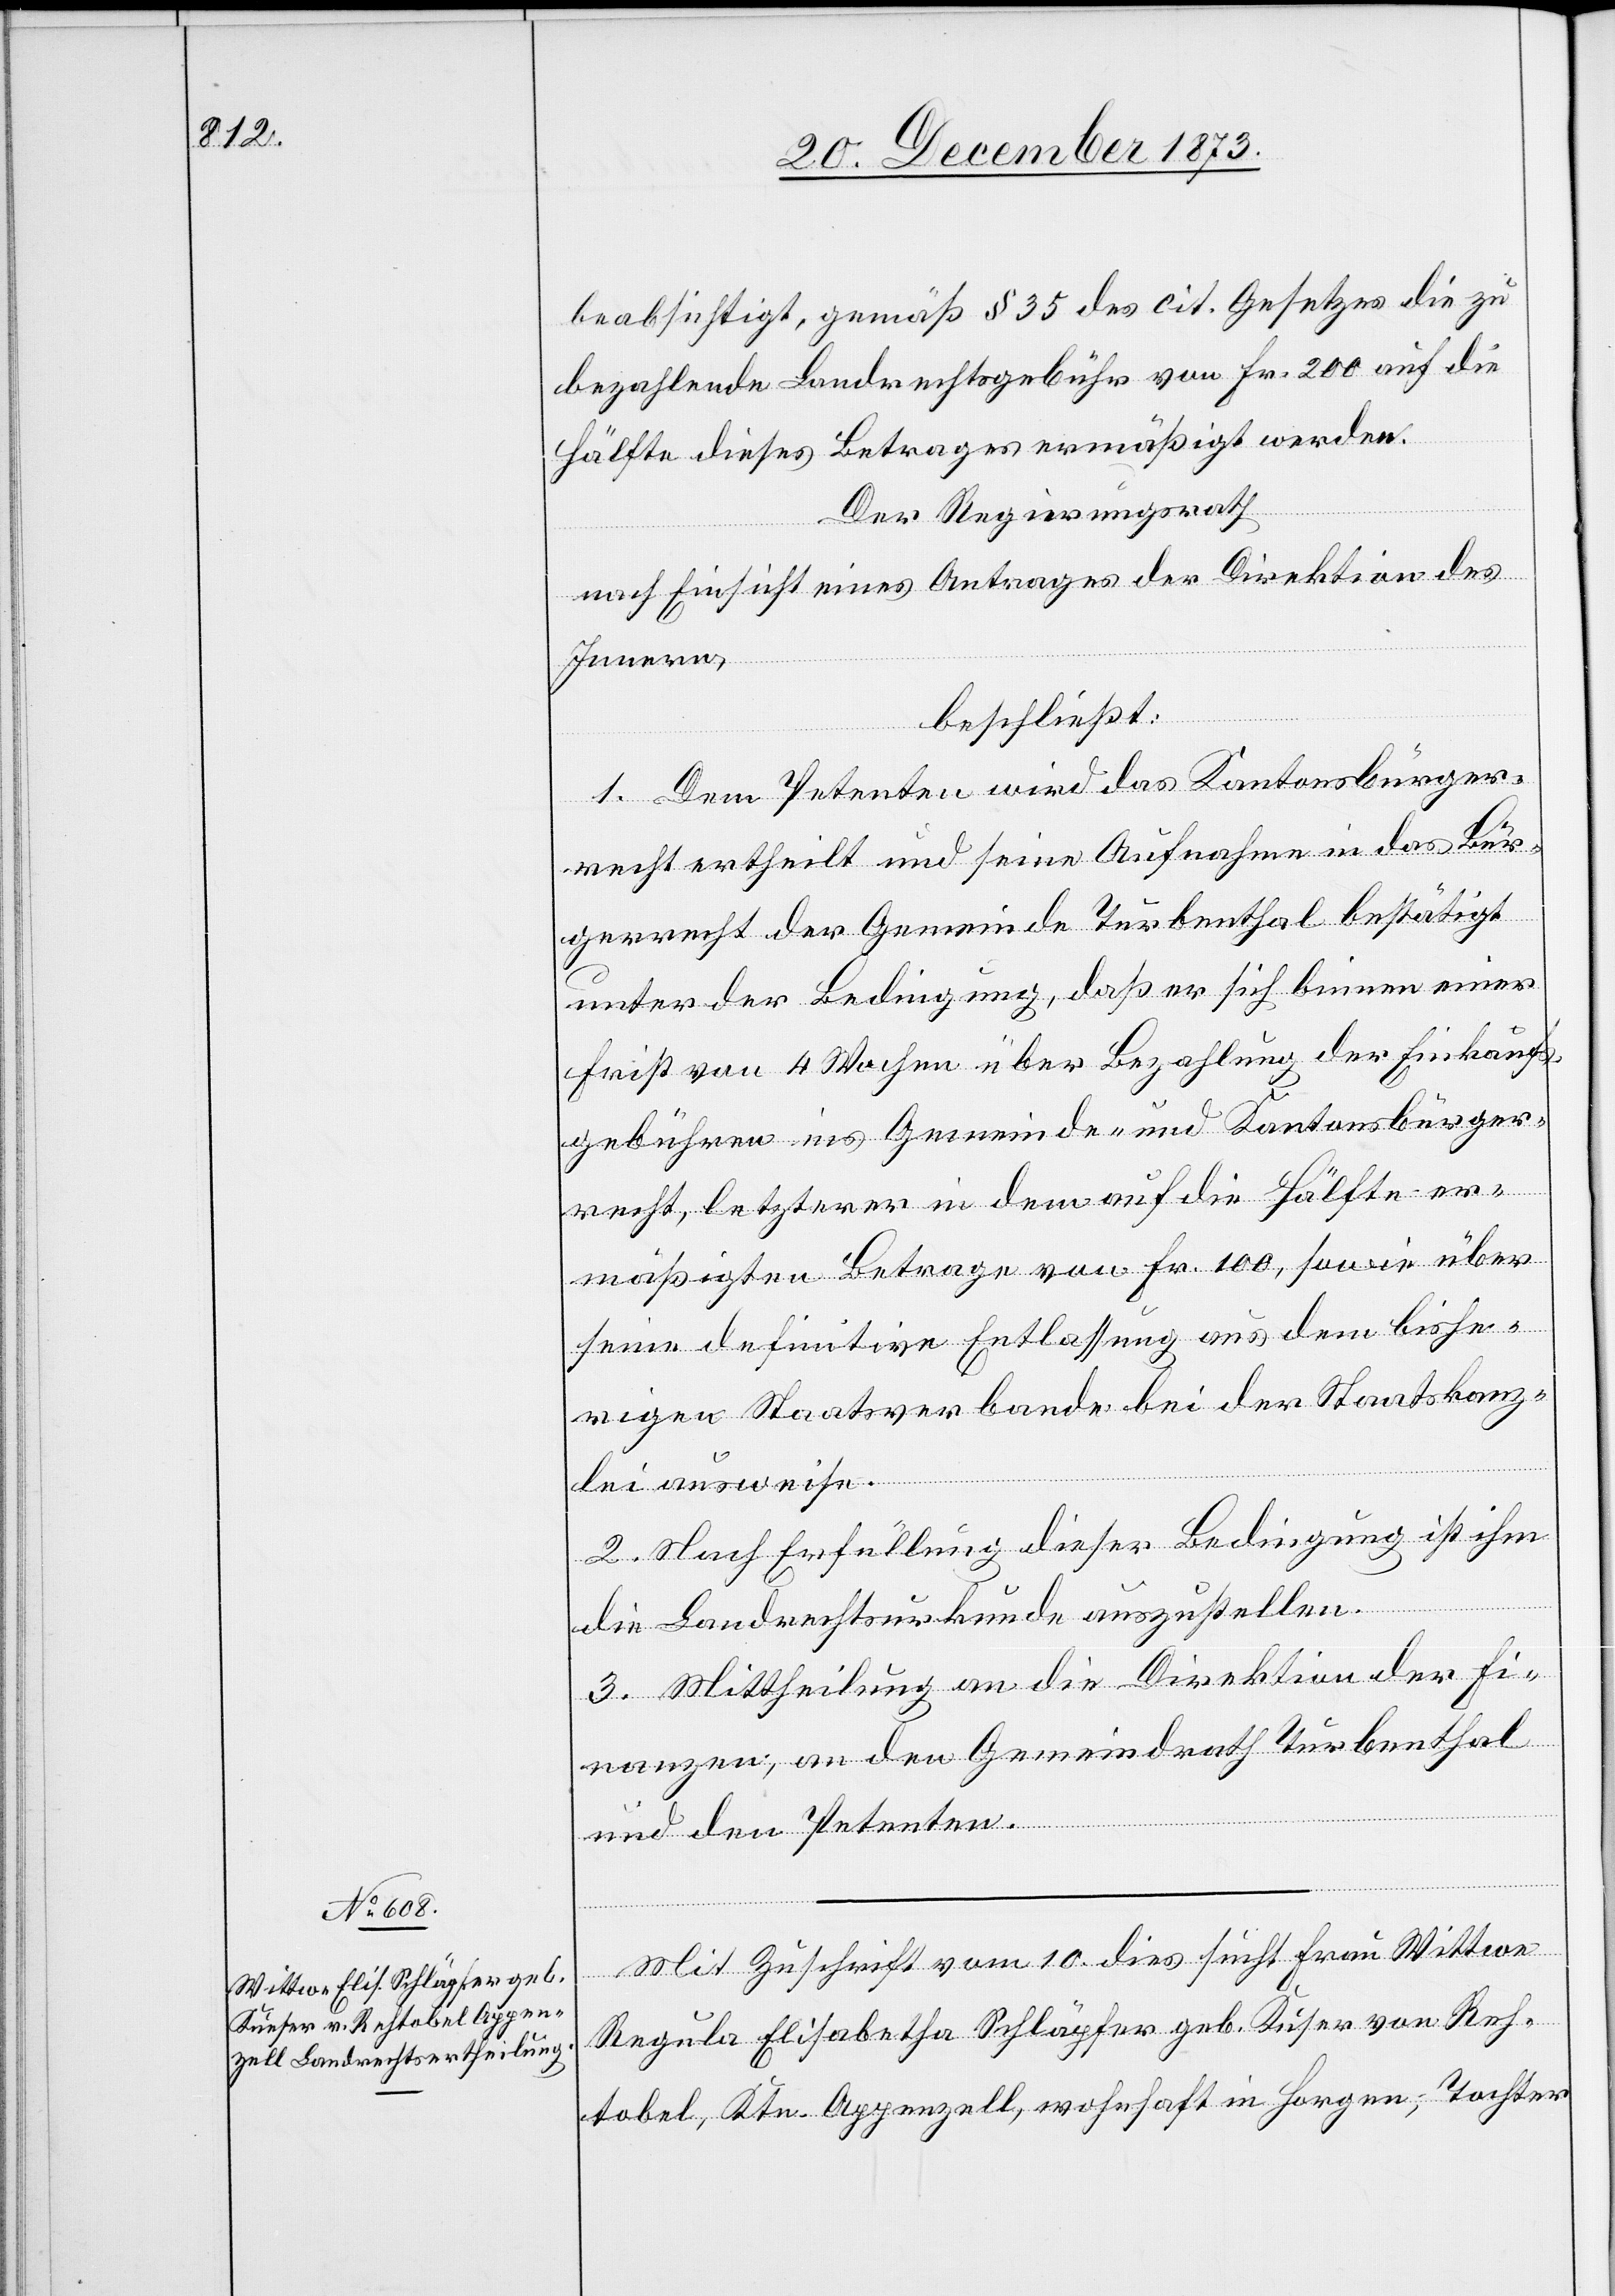
Mit Zuschrift vom 10. dies sucht Frau Wittwe
Regula Elisabetha Schläpfer geb. Kuser [sic!] von Reh¬
tobel, Ktn. Appenzell, wohnhaft in Horgen, Tochter